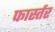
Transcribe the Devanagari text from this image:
फार्स्तर